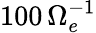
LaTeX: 100\, \Omega_{e}^{-1}